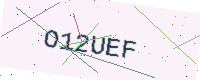
Text: O12UEF